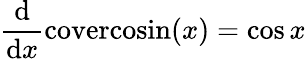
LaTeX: {\frac{\mathrm{d}}{\mathrm{d}x}}\mathrm{covercosin}(x)=\cos{x}